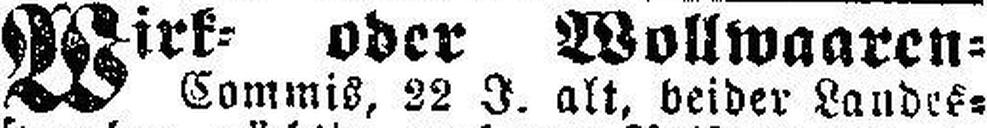
Wirk= oder Wollwaaren=